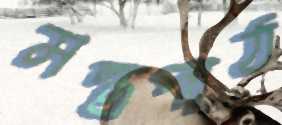
মন্ত্রপাঠ